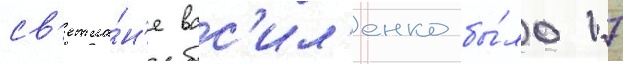
св'етла́н'е вас'ил'енко бы́ло 17